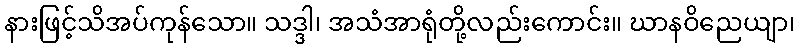
နားဖြင့်သိအပ်ကုန်သော။ သဒ္ဒါ၊ အသံအာရုံတို့လည်းကောင်း။ ဃာနဝိညေယျာ၊